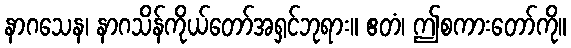
နာဂသေန၊ နာဂသိန်ကိုယ်တော်အရှင်ဘုရား။ ဧတံ၊ ဤစကားတော်ကို။